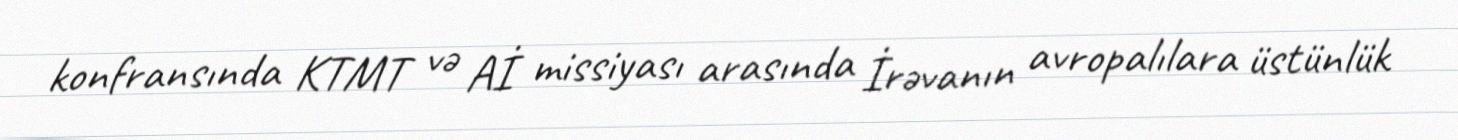
konfransında KTMT və Aİ missiyası arasında İrəvanın avropalılara üstünlük